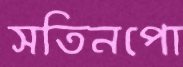
সতিনপো